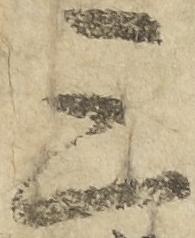
三